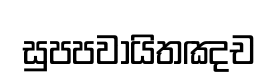
සුපපවායිතඤච